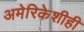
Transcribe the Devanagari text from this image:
अमेरिकेशीही